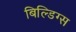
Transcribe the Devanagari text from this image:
बिल्डिग्स